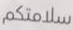
سلامتكم